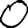
Digit: 0